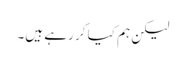
لیکن ہم کیا کر رہے ہیں۔